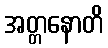
အတ္တနောတိ